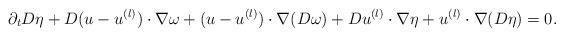
LaTeX: \begin{align*} \partial_t D\eta + D(u-u^{(l)}) \cdot \nabla \omega + (u-u^{(l)}) \cdot \nabla (D\omega) + Du^{(l)} \cdot \nabla \eta + u^{(l)} \cdot \nabla (D\eta)=0.\end{align*}